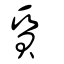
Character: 質